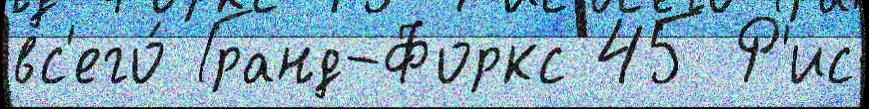
вс'его́ Гранд-Форкс 45 Р'ис